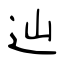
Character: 辿